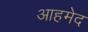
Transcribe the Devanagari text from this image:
आहमेद